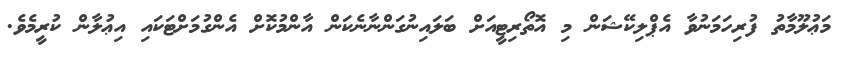
މަޢުލޫމާތު ފުރިހަމަނުވާ އެޕްލިކޭޝަން މި އޮތޯރިޓީއަށް ބަލައިނުގަންނާނެކަން އާންމުކޮށް އެންގުމަށްޓަކައި އިޢުލާން ކުރީމެވެ.